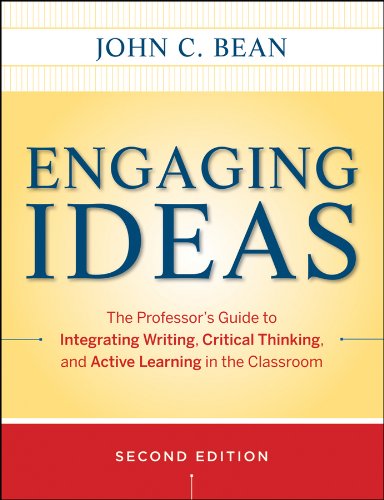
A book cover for Engaging Ideas: The Professor's Guide to Integrating Writing, Critical Thinking, and Active Learning in the Classroom; John C. Bean; Reference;